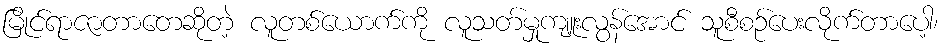
မြိုင်ရာဇာတာတေဆိုတဲ့ လူတစ်ယောက်ကို လူသတ်မှုကျူးလွန်အောင် သူစီစဉ်ပေးလိုက်တာပေါ့၊